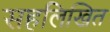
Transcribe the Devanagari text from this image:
सहलिखित